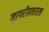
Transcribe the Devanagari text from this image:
नागरीप्रचारक